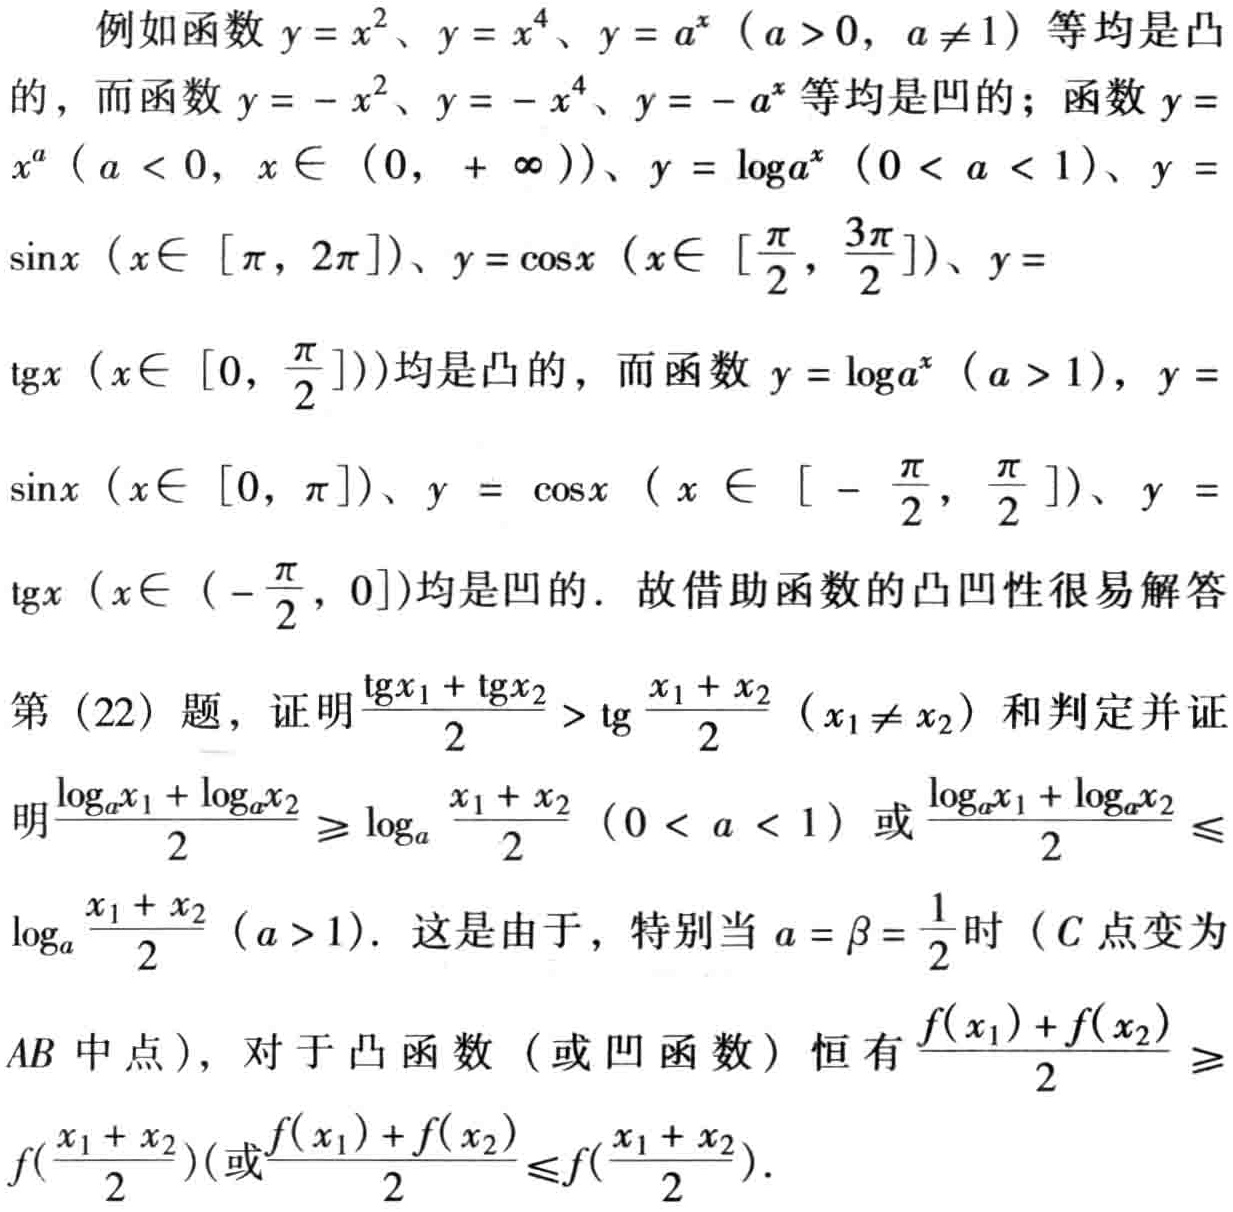
例如函数 \(y = x^{2}\)、\(y = x^{4}\)、\(y = a^{x}\)（\(a > 0\)，\(a\neq1\)）等均是凸的，而函数 \(y = -x^{2}\)、\(y = -x^{4}\)、\(y = -a^{x}\) 等均是凹的；函数 \(y = x^{a}\)（\(a < 0\)，\(x\in(0, +\infty)\)）、\(y = \log_{a}x\)（\(0 < a < 1\)）、\(y = \sin x\)（\(x\in[\pi, 2\pi]\)）、\(y = \cos x\)（\(x\in[\frac{\pi}{2}, \frac{3\pi}{2}]\)）、\(y = \tan x\)（\(x\in[0, \frac{\pi}{2}]\)）均是凸的，而函数 \(y = \log_{a}x\)（\(a > 1\)），\(y = \sin x\)（\(x\in[0, \pi]\)）、\(y = \cos x\)（\(x\in[-\frac{\pi}{2}, \frac{\pi}{2}]\)）、\(y = \tan x\)（\(x\in(-\frac{\pi}{2}, 0]\)）均是凹的. 故借助函数的凸凹性很易解答第（22）题，证明 \(\frac{\tan x_{1}+\tan x_{2}}{2}>\tan\frac{x_{1} + x_{2}}{2}\)（\(x_{1}\neq x_{2}\)）和判定并证明 \(\frac{\log_{a}x_{1}+\log_{a}x_{2}}{2}\geq\log_{a}\frac{x_{1} + x_{2}}{2}\)（\(0 < a < 1\)）或 \(\frac{\log_{a}x_{1}+\log_{a}x_{2}}{2}\leq\log_{a}\frac{x_{1} + x_{2}}{2}\)（\(a > 1\)）. 这是由于，特别当 \(a = \beta=\frac{1}{2}\) 时（\(C\) 点变为 \(AB\) 中点），对于凸函数（或凹函数）恒有 \(\frac{f(x_{1})+f(x_{2})}{2}\geq f(\frac{x_{1} + x_{2}}{2})\)（或\(\frac{f(x_{1})+f(x_{2})}{2}\leq f(\frac{x_{1} + x_{2}}{2})\)）.